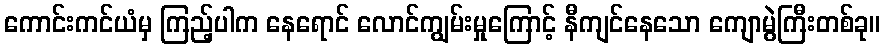
ကောင်းကင်ယံမှ ကြည့်ပါက နေရောင် လောင်ကျွမ်းမှုကြောင့် နီကျင်နေသော ကျောမွဲကြီးတစ်ခု။